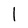
Character: 1